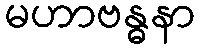
မဟာဗန္ဓနာ